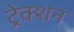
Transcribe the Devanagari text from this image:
ट्रेक्शन